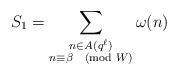
LaTeX: \begin{align*}S_1 = \sum_{\substack{n \in A(q^\ell) \\ n \equiv \beta \pmod W}} \omega(n)\end{align*}